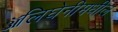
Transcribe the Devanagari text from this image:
ॲलिघेनीमधील